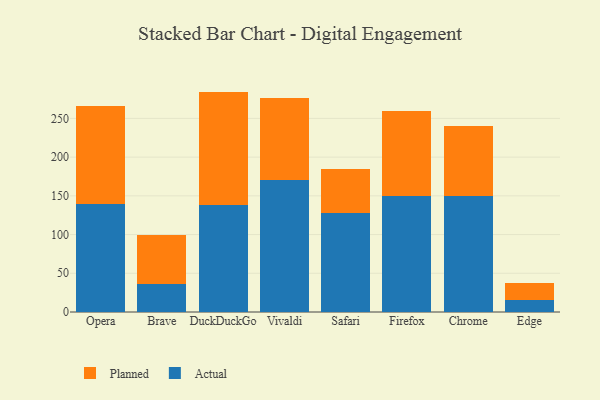
{"axis": {"x": "Browser", "y": "Revenue (USD Million)"}, "legend": ["Actual", "Planned"], "data": [{"x": "Opera", "y": 140.1, "type": "Actual"}, {"x": "Opera", "y": 126.3, "type": "Planned"}, {"x": "Brave", "y": 35.6, "type": "Actual"}, {"x": "Brave", "y": 63.8, "type": "Planned"}, {"x": "DuckDuckGo", "y": 138.6, "type": "Actual"}, {"x": "DuckDuckGo", "y": 146.0, "type": "Planned"}, {"x": "Vivaldi", "y": 171.0, "type": "Actual"}, {"x": "Vivaldi", "y": 104.9, "type": "Planned"}, {"x": "Safari", "y": 127.4, "type": "Actual"}, {"x": "Safari", "y": 56.9, "type": "Planned"}, {"x": "Firefox", "y": 150.2, "type": "Actual"}, {"x": "Firefox", "y": 109.5, "type": "Planned"}, {"x": "Chrome", "y": 149.8, "type": "Actual"}, {"x": "Chrome", "y": 90.2, "type": "Planned"}, {"x": "Edge", "y": 15.2, "type": "Actual"}, {"x": "Edge", "y": 21.8, "type": "Planned"}]}